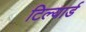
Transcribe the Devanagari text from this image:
टिल्यार्ड